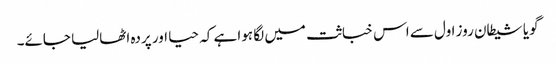
گویا شیطان روز اول سے اس خباثت میں لگا ہوا ہے کہ حیا اور پردہ اٹھالیا جائے۔